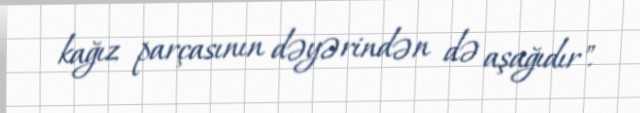
kağız parçasının dəyərindən də aşağıdır".